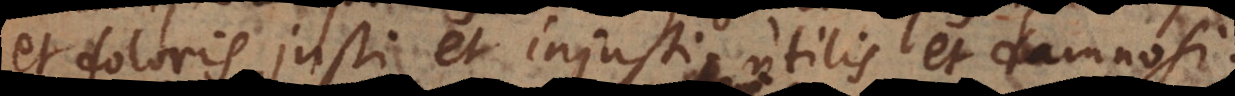
et doloris, justi et injusti, utilis et damnosi.